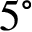
5 ^ { \circ }